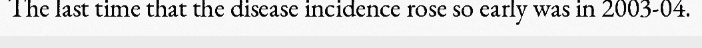
The last time that the disease incidence rose so early was in 2003-04.